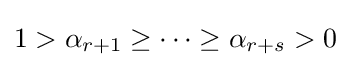
1>\alpha _{r+1}\geq \cdots \geq \alpha _{r+s}>0